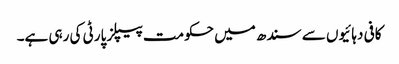
کافی دہائیوں سے سندھ میں حکومت پیپلز پارٹی کی رہی ہے۔